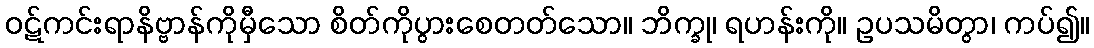
ဝဋ်ကင်းရာနိဗ္ဗာန်ကိုမှီသော စိတ်ကိုပွားစေတတ်သော။ ဘိက္ခု၊ ရဟန်းကို။ ဥပသမိတွာ၊ ကပ်၍။